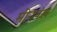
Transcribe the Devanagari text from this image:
मीनपंख